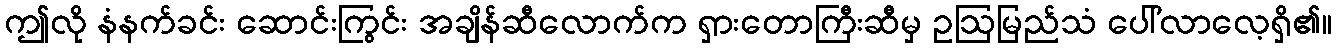
ဤလို နံနက်ခင်း ဆောင်းကြွင်း အချိန်ဆီလောက်က ရှားတောကြီးဆီမှ ဥဩမြည်သံ ပေါ်လာလေ့ရှိ၏။